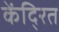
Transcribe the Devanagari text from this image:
केंदि्रत